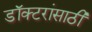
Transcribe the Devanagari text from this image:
डॉक्टरांसाठी